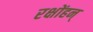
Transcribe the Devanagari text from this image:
रक्षोंहन्